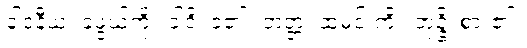
ခါဒနီယံ၊ ခဲဖွယ်ကို။ ခါဒိ၊ ခဲ၏။ ဘတ္တံ၊ ထမင်းကို။ ဘုဉ္ဇိ၊ စား၏။